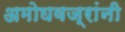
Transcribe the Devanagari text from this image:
अमोघवज्रांनी